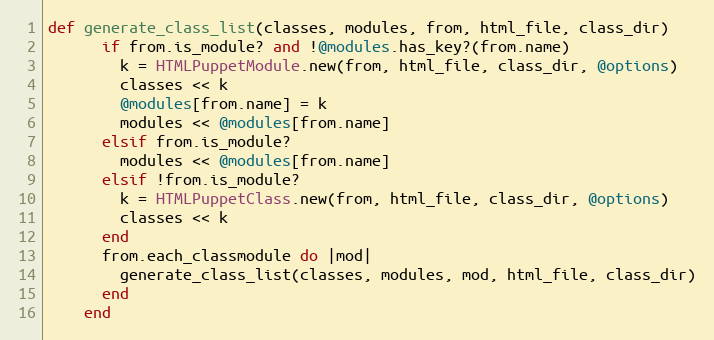
Language: Ruby
def generate_class_list(classes, modules, from, html_file, class_dir)
      if from.is_module? and !@modules.has_key?(from.name)
        k = HTMLPuppetModule.new(from, html_file, class_dir, @options)
        classes << k
        @modules[from.name] = k
        modules << @modules[from.name]
      elsif from.is_module?
        modules << @modules[from.name]
      elsif !from.is_module?
        k = HTMLPuppetClass.new(from, html_file, class_dir, @options)
        classes << k
      end
      from.each_classmodule do |mod|
        generate_class_list(classes, modules, mod, html_file, class_dir)
      end
    end